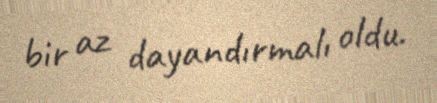
bir az dayandırmalı oldu.